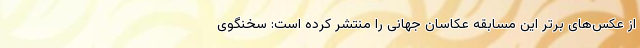
از عکس‌های برتر این مسابقه عکاسان جهانی را منتشر کرده است: سخنگوی